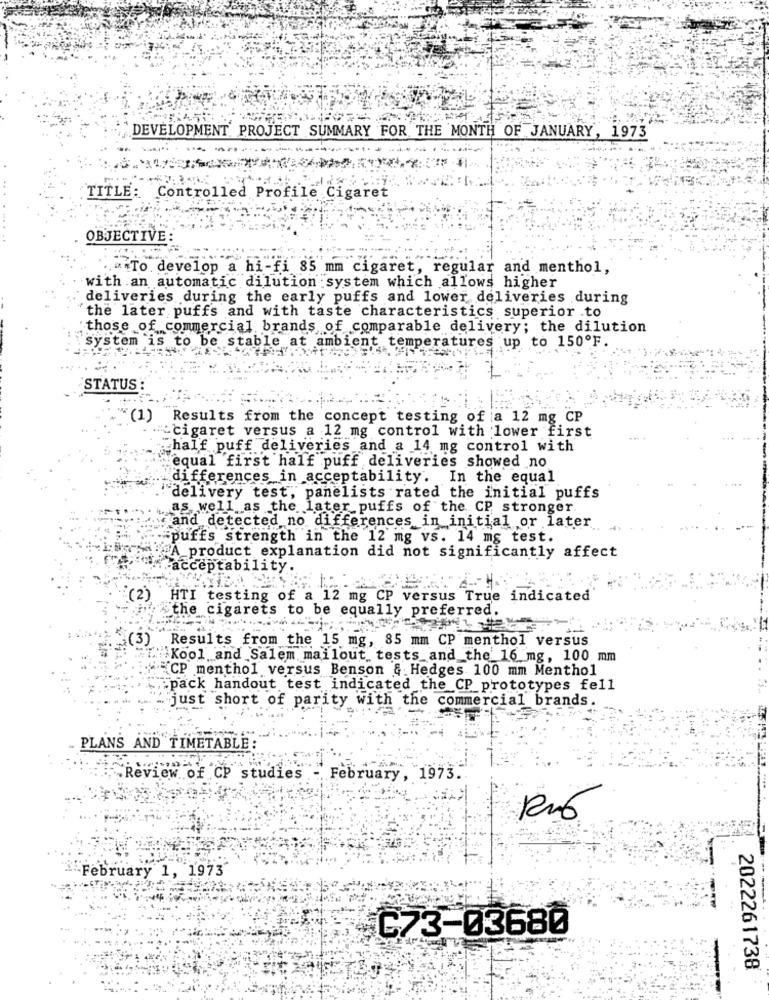
DEVELOPMENT PROJECT SUMMARY FOR THE MONTH OF JANUARY, 1973
TITLE: Controlled Profile Cigaret
OBJECTIVE
"To develop a hi-fi 85 mm cigaret, regular and menthol,
with an automatic dilution system which allows higher
deliveries during the early puffs and lower deliveries during
the later puffs and with taste characteristics superior .to
those of commercial brands of comparable delivery; the dilution
system is to be stable at ambient temperatures up to 150ºF.
STATUS :
(1) Results from the concept testing of a 12 mg CP
"cigaret versus a 12 mg control with lower first
half puff deliveries and a 14 mg control with
equal first half puff deliveries showed no
differences in acceptability. In the equal
delivery test, panelists rated the initial puffs
as well as the later puffs of the CP stronger.
and detected no differences in initial or later
puffs strength in the 12 mg vs. 14 ms test.
_product explanation did not significantly affect
acceptability.
(2)
HTI testing of a 12 mg CP versus True indicated
the cigarets to be equally preferred.
3(3)
Results from the 15 mg, 85 mm CP menthol versus
T. Kool and Salem mailout, tests_and_the_ 16 mg, 100 mm
CP menthol versus Benson &. Hedges 100 mm Menthol
pack handout test indicated the CP prototypes fell
just short of parity with the commercial brands.
PLANS AND TIMETABLE :
.Review of CP studies - February, 1973.
February 1, 1973
C73-03680
2022261738